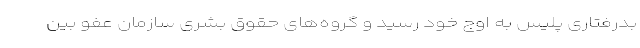
بدرفتاری پلیس به اوج خود رسید و گروه‌های حقوق بشری سازمان عفو بین